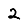
Digit: 2